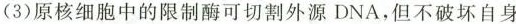
(3)原核细胞中的限制酶可切割外源DNA，但不破坏自身